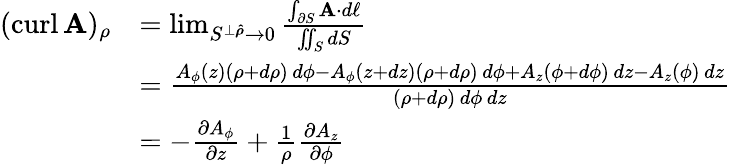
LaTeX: {\begin{array}{rl}{(\operatorname{curl}\mathbf{A})_{\rho}}&{=\operatorname*{lim}_{S^{\perp{\boldsymbol{\hat{\rho}}}}\to 0}{\frac{\int_{\partial S}\mathbf{A}\cdot d\mathbf{\ell}}{\iint_{S}dS}}}\\ &{={\frac{A_{\phi}(z)(\rho+d\rho)\, d\phi-A_{\phi}(z+dz)(\rho+d\rho)\, d\phi+A_{z}(\phi+d\phi)\, dz-A_{z}(\phi)\, dz}{(\rho+d\rho)\, d\phi\, dz}}}\\ &{=-{\frac{\partial A_{\phi}}{\partial z}}+{\frac{1}{\rho}}{\frac{\partial A_{z}}{\partial\phi}}}\end{array}}